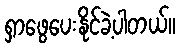
ရှာဖွေပေးနိုင်ခဲ့ပါတယ်။